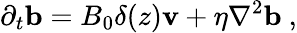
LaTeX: \partial_{t}\mathbf{b}=B_{0}\delta(z)\mathbf{v}+\eta\nabla^{2}\mathbf{b}~,